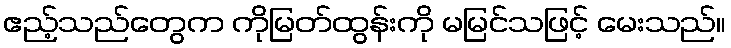
ဧည့်သည်တွေက ကိုမြတ်ထွန်းကို မမြင်သဖြင့် မေးသည်။